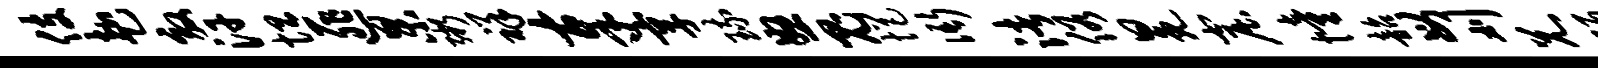
伎赴效汗坦匪杲粥祥奉享琉怒鬼悒衙渚俗冕窟憧韶母刈兄陌